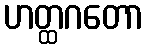
ဟတ္ထဂတော